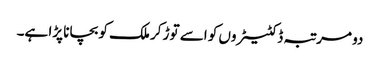
دو مرتبہ ڈکٹیٹروں کو اسے توڑ کر ملک کو بچانا پڑا ہے۔